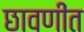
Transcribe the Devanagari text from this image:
छावणींत